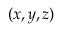
( x , y , z )